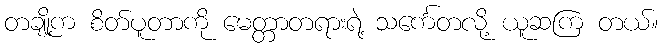
တချို့က စိတ်ပူတာကို မေတ္တာတရားရဲ့ သင်္ကေတလို့ ယူဆကြ တယ်။